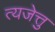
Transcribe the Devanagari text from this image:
त्यजेत्तु